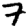
Digit: 7